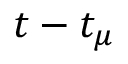
t - t _ { \mu }